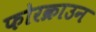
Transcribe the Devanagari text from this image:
फोरक्राउन